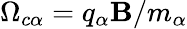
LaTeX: \Omega_{c\alpha}=q_{\alpha}\mathbf{B}/m_{\alpha}